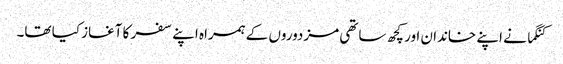
کنگما نے اپنے خاندان اور کچھ ساتھی مزدوروں کے ہمراہ اپنے سفر کا آغاز کیا تھا۔